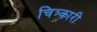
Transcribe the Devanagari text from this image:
चित्र्कारी